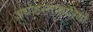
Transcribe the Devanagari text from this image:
अधोहस्ताक्षारियों